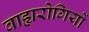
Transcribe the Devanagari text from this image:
वाह्यरोगियों